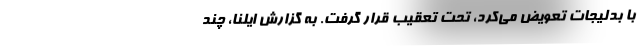
با بدلیجات تعویض می‌کرد، تحت تعقیب قرار گرفت. به گزارش ایلنا، چند